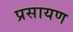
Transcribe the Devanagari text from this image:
प्रसायण